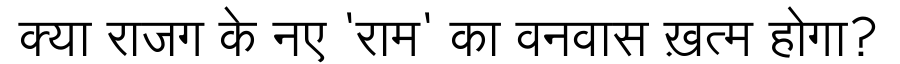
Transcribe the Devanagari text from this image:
क्या राजग के नए 'राम' का वनवास ख़त्म होगा?